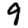
Digit: 9